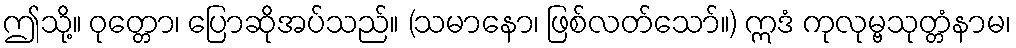
ဤသို့။ ဝုတ္တော၊ ပြောဆိုအပ်သည်။ (သမာနော၊ ဖြစ်လတ်သော်။) ဣဒံ ကုလုမ္ဗသုတ္တံနာမ၊